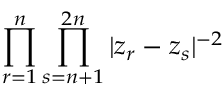
\prod _ { r = 1 } ^ { n } \prod _ { s = n + 1 } ^ { 2 n } | z _ { r } - z _ { s } | ^ { - 2 }